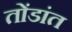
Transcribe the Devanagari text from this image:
तोंडांत